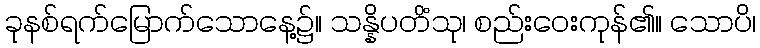
ခုနစ်ရက်မြောက်သောနေ့၌။ သန္နိပတိံသု၊ စည်းဝေးကုန်၏။ သောပိ၊